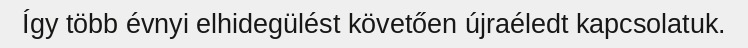
Így több évnyi elhidegülést követően újraéledt kapcsolatuk.